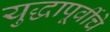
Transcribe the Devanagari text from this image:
युद्धापूर्वीचे